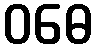
ဝဓေ